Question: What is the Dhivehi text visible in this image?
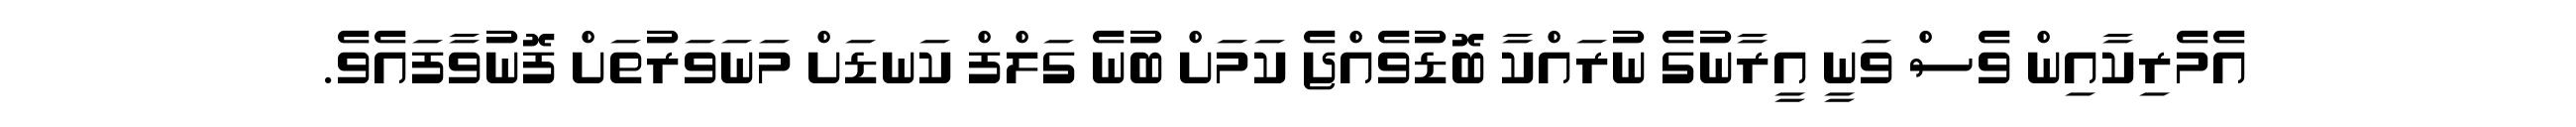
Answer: އެމެރިކާއިން ވެސް ވަނީ އީރާނުގެ ނުރައްކާ ބޮޑުވެއްޖެ ކަމަށް ބުނެ ގަލްފް ކަނޑަށް މަނަވަރުތަށް ފޮނުވާފައެވެ.